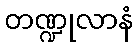
တဏ္ဍုလာနံ